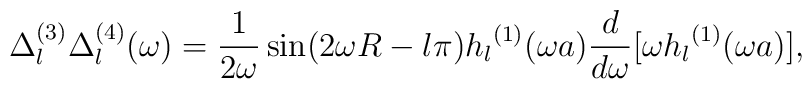
\Delta_l^{(3)}\Delta_l^{(4)}(\omega)=\frac{1}{2\omega}\sin(2\omega R-l \pi) {h_l}^{(1)}(\omega a){d\over d\omega}[\omega{h_l}^{(1)}(\omega a)],